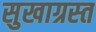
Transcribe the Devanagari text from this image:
सुखाग्रस्‍त